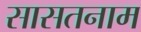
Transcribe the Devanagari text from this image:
सासतनाम